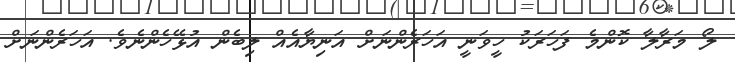
ލޯ މަރާލާ ކޮންމެ ފަހަރަކު ހީވަނީ އަހަރެންނަށް އަނިޔާއެއް ލިބެން އުޅޭހެންނެވެ. އަހަރެންނަށް